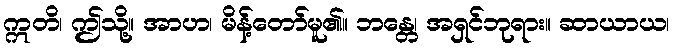
ဣတိ၊ ဤသို့။ အာဟ၊ မိန့်တော်မူ၏။ ဘန္တေ၊ အရှင်ဘုရား။ ဆာယာယ၊